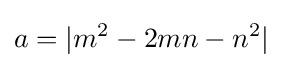
a=|m^{2}-2mn-n^{2}|